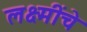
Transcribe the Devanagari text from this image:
लक्ष्मींचे